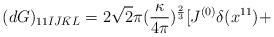
LaTeX: \begin{align*}(dG)_{11 \bar{I} \bar{J} \bar{K} \bar{L}}= 2 \sqrt{2} \pi (\frac{\kappa}{4 \pi})^{\frac{2}{3}} [J^{(0)}\delta(x^{11}) +\end{align*}